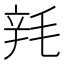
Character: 㲔